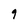
Character: 9